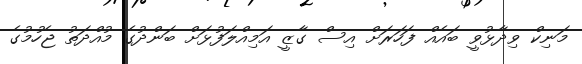
މަނިކް ވިދާޅުވީ ބައެއް ފަހަރަށް އިސް ގާޒީ އަމިއްލަފުޅަށް ބަންދުގެ މުއްދަތު ޖެހުމުގެ